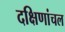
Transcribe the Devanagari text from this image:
दक्षिणांचल